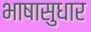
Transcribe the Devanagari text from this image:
भाषासुधार